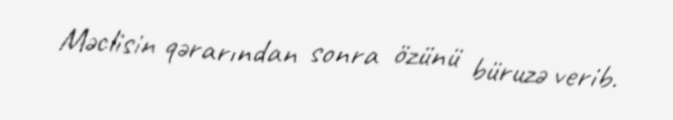
Məclisin qərarından sonra özünü büruzə verib.